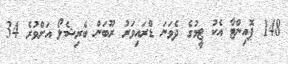
148 ޕޮއިންޓާ އެކު ޓީމުގެ ދެވަނަ ޑްރައިވަރު ރޫބަން ބެރިޝެލޯ އަށްވުރެ 34